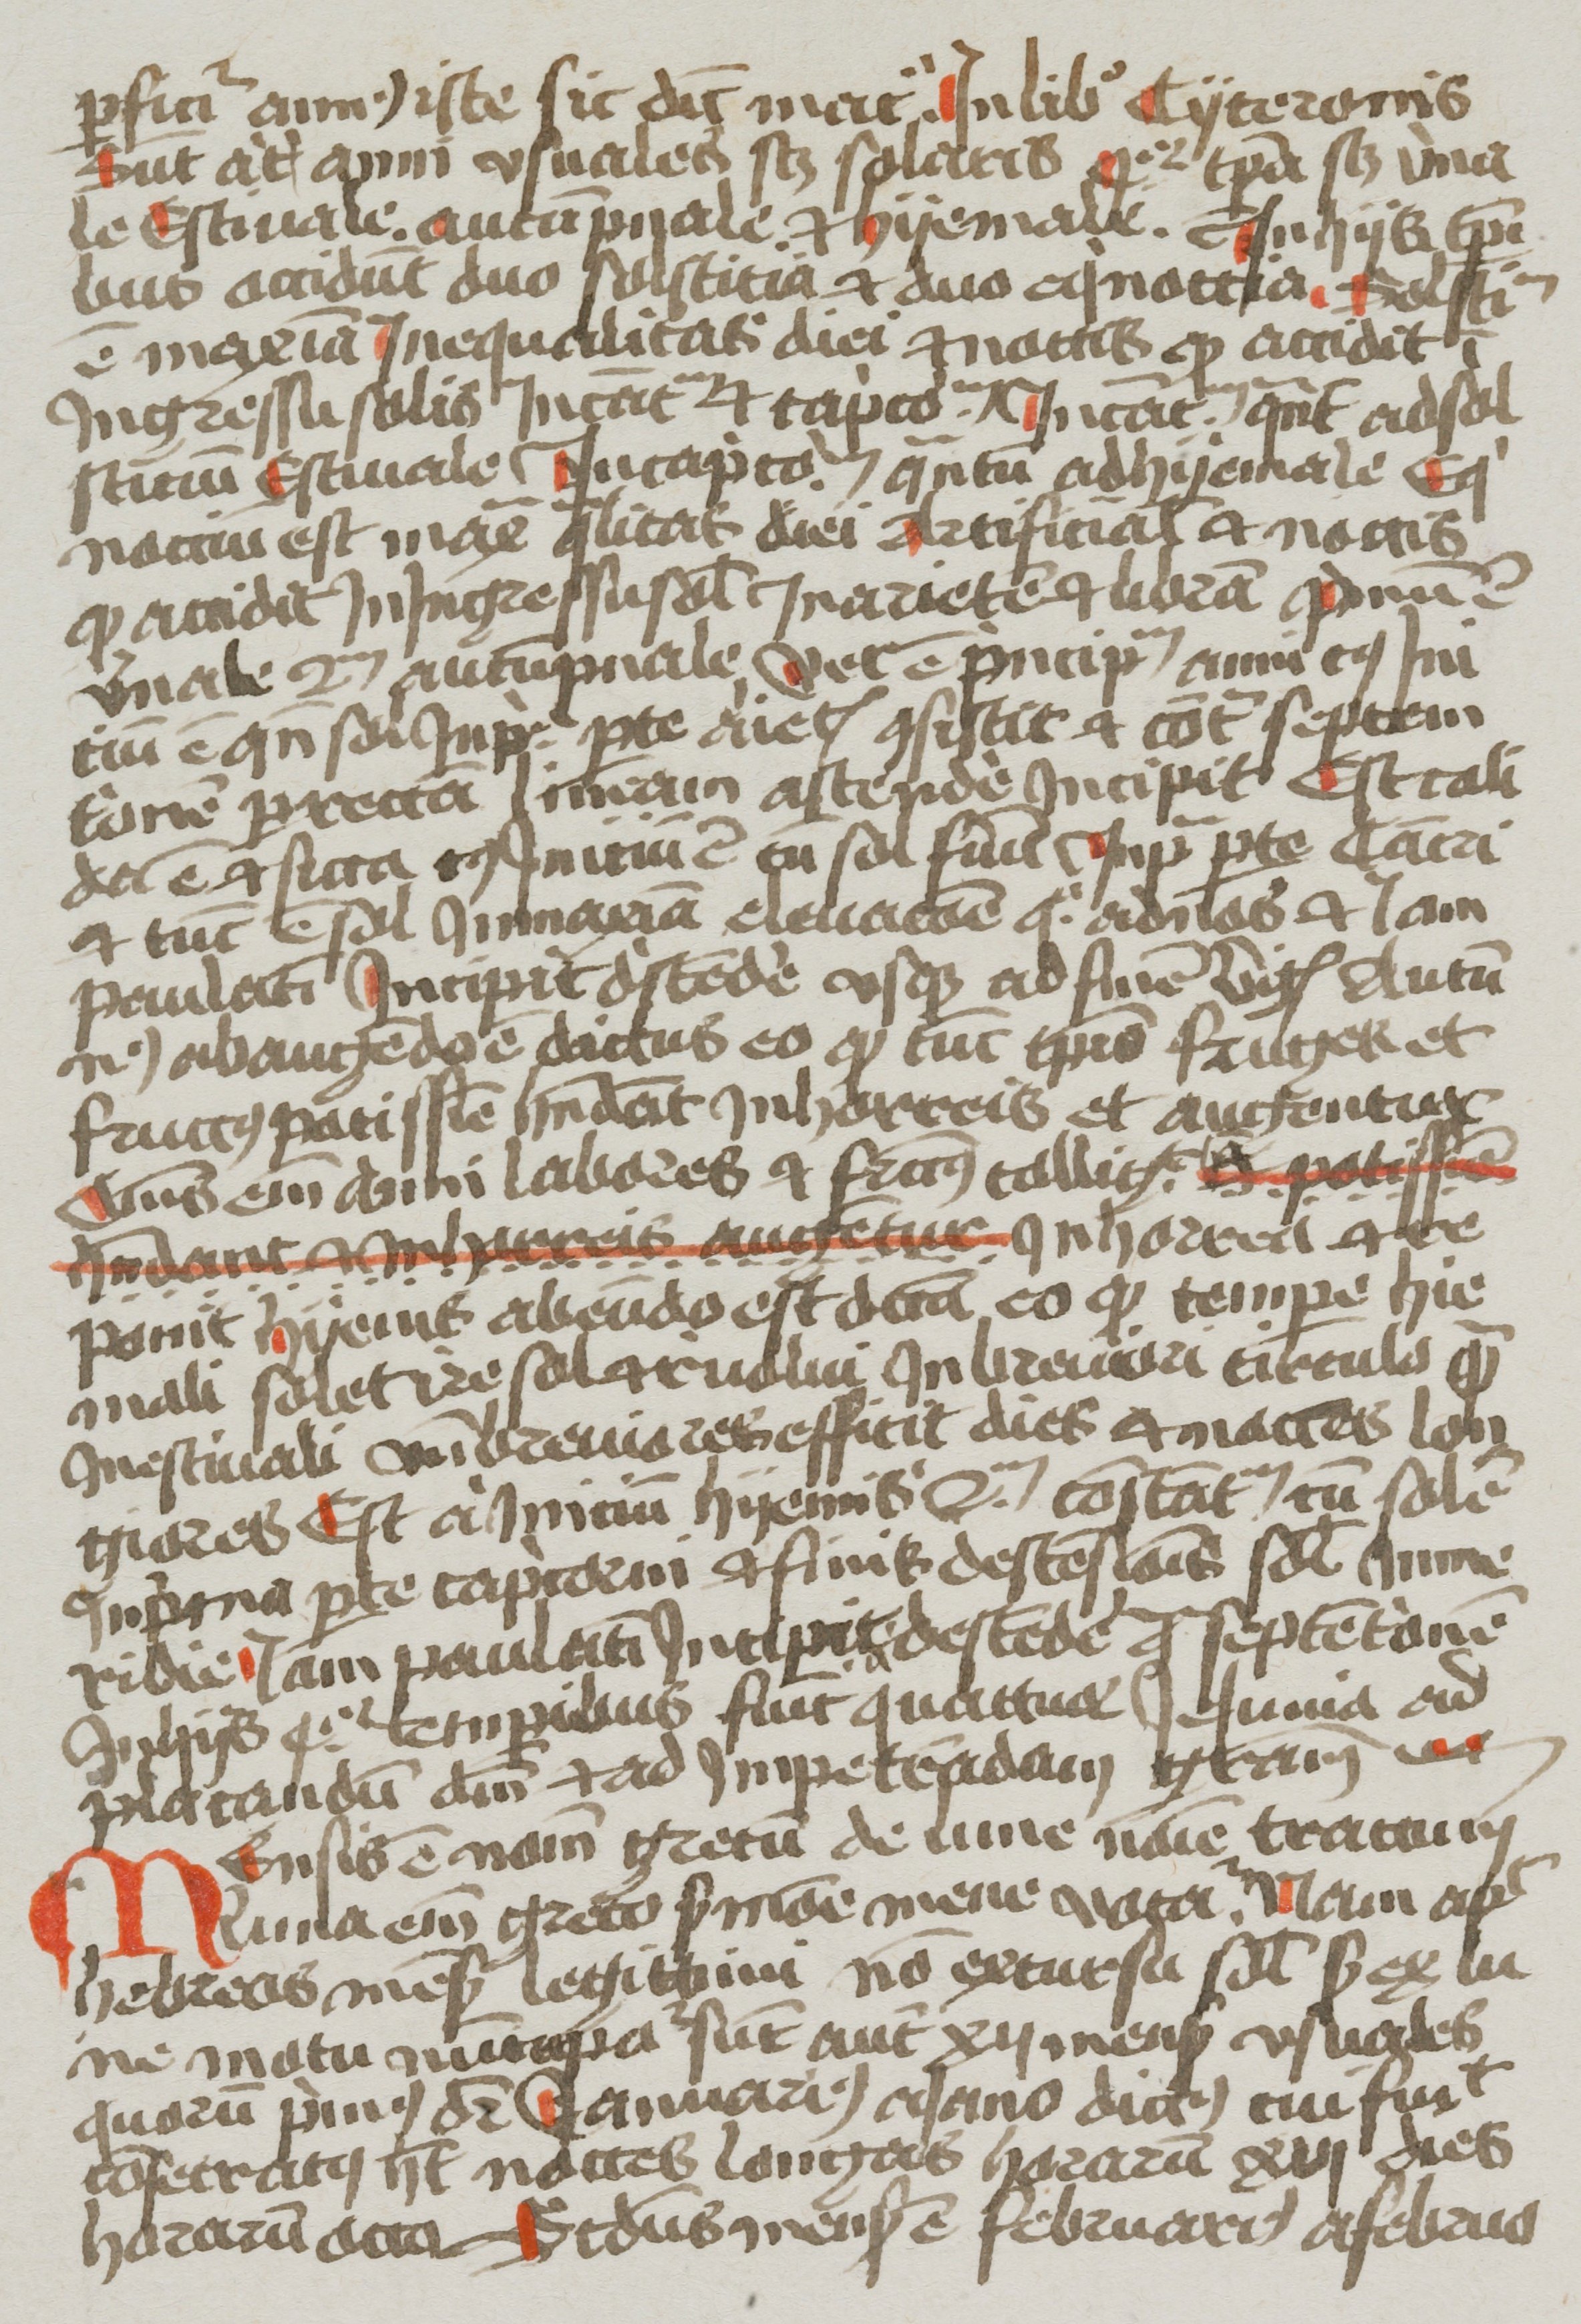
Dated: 1400–1499